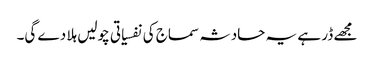
مجھے ڈر ہے یہ حادثہ سماج کی نفسیاتی چولیں ہلا دے گی۔